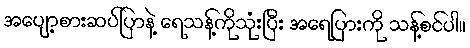
အပျော့စားဆပ်ပြာနဲ့ ရေသန့်ကိုသုံးပြီး အရေပြားကို သန့်စင်ပါ။